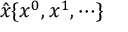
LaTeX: { \hat { x } } \{ x ^ { 0 } , x ^ { 1 } , \cdots \}